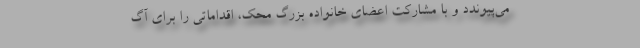
می‌پیوندد و با مشارکت اعضای خانواده بزرگ محک، اقداماتی را برای آگ